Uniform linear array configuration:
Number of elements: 48
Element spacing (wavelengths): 1
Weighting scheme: exponential
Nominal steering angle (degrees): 0
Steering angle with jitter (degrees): -1.118
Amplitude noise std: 0.05
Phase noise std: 0.05

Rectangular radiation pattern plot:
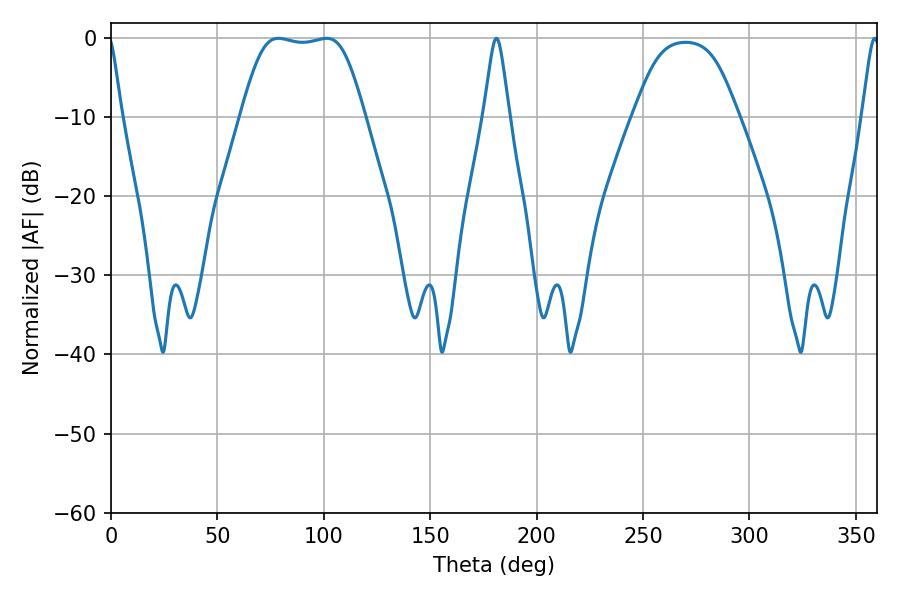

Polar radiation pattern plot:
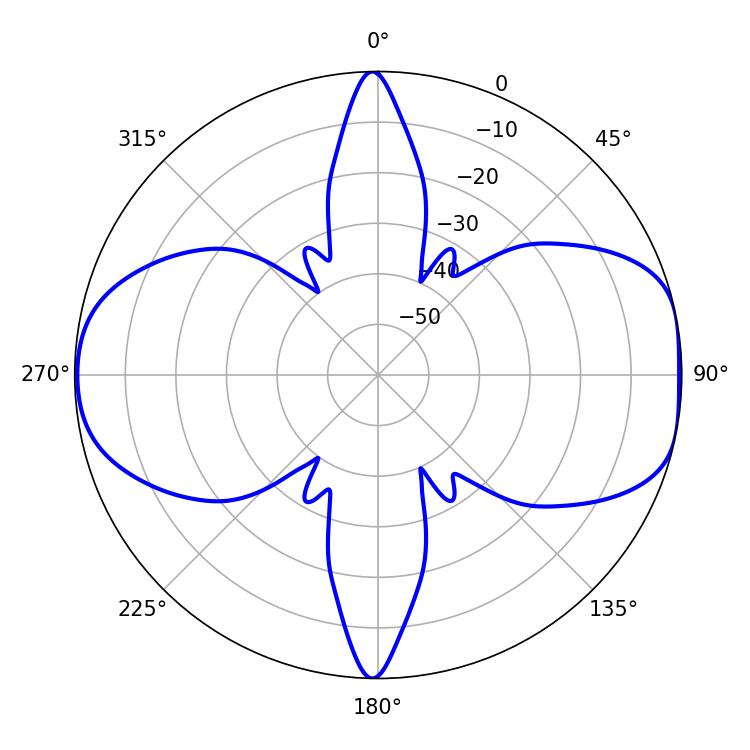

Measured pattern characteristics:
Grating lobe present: TRUE
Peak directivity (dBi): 9.326
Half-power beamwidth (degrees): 42.84
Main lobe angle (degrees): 78.66